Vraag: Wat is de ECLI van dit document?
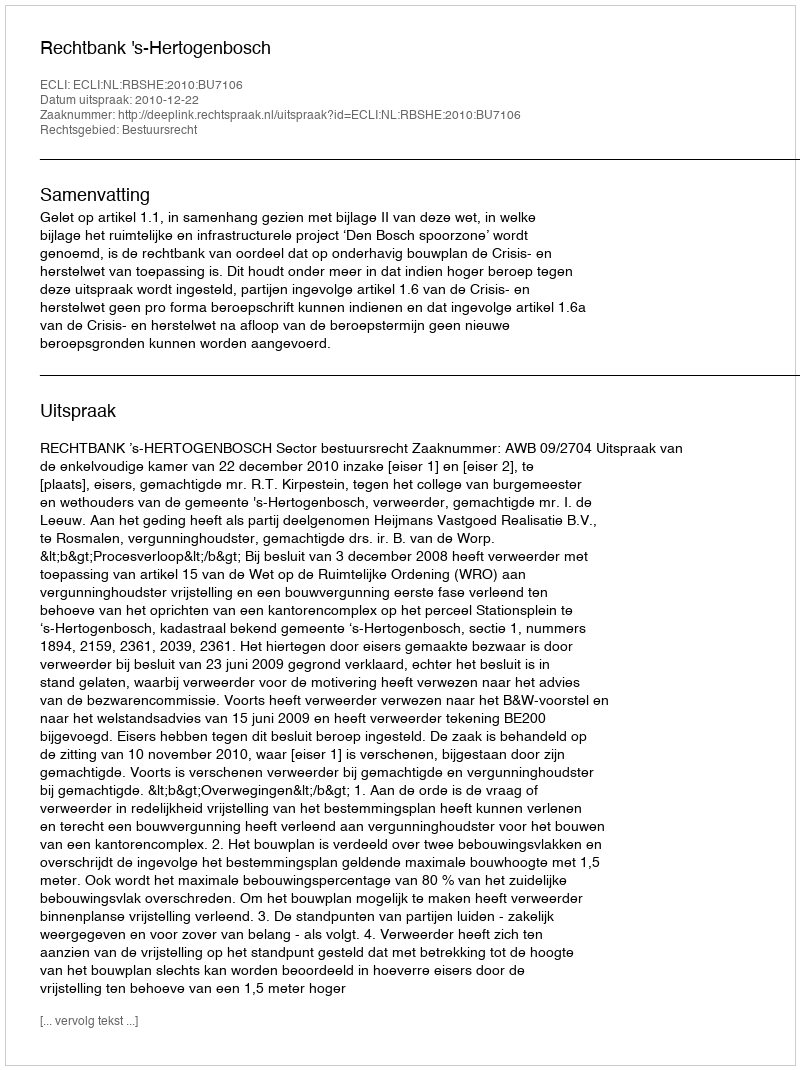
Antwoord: ECLI:NL:RBSHE:2010:BU7106